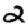
Digit: 2